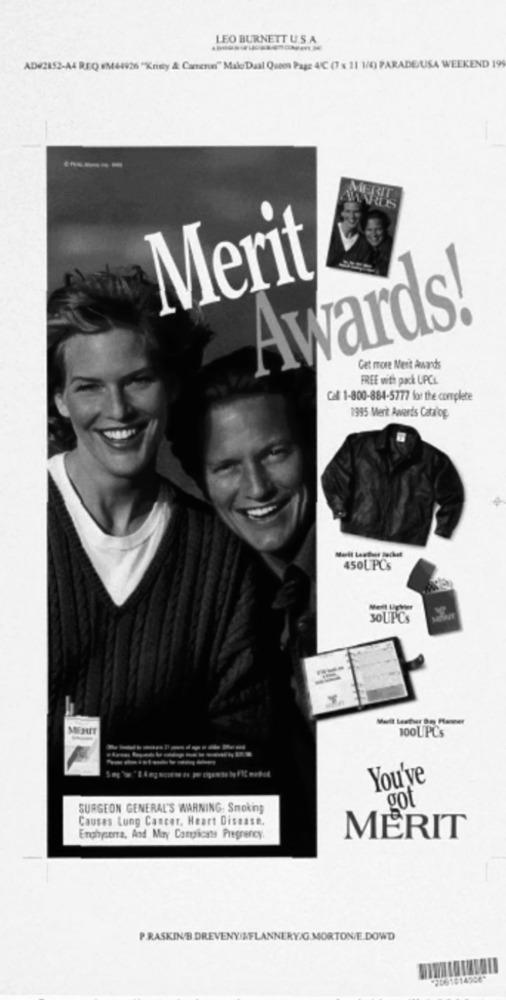
LEO BURNETT U.S.A.
AD#2852-A4 REQ M44926 "Kristy & Cameron" Male Dual Quees Page 4℃ (7 x 11 1/0) PARADEUSA WEEKEND 199
ERIT
AWARDS
Merit
Awards!
Get more Mert Awards
FREE with pack UPCL
Call 1-800-884-5777 for the complete
1995 Merit Awards Catalog
450UPCs
SOLIPCs
MERIT
100UPCs
You've
got
SURGEON GENERAL'S WARNING: Smoking
Causes Lung Cancer, Heart Disease.
Enphyserra, And May Carricante Pregrency.
MERIT
P .RASKIN'S DREVENYILFLANNERY/G.MORTON/E.DOWD
"7061814586*